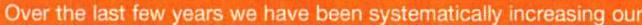
Over the last few years we have been systematically increasing our